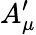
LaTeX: A_{\mu}^{\prime}